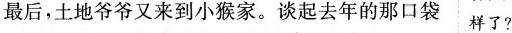
最后，土地爷爷又来到小猴家。谈起去年的那口袋 样了？